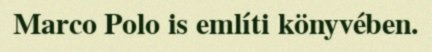
Marco Polo is említi könyvében.